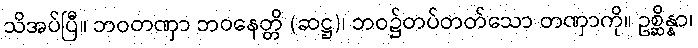
သိအပ်ပြီ။ ဘဝတဏှာ ဘဝနေတ္တိ (ဆဋ္ဌ)၊ ဘဝ၌တပ်တတ်သော တဏှာကို။ ဥစ္ဆိန္နာ၊